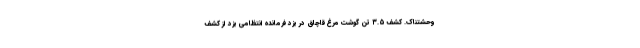
وحشتناک. کشف ۳.۵ تن گوشت مرغ قاچاق در یزد فرمانده انتظامی یزد از کشف